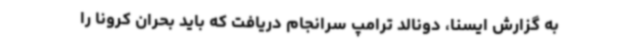
به گزارش ایسنا، دونالد ترامپ سرانجام دریافت که باید بحران کرونا را